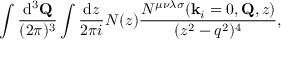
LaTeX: \int \frac { \mathrm { d } ^ { 3 } { \bf Q } } { ( 2 \pi ) ^ { 3 } } \int \frac { \mathrm { d } z } { 2 \pi i } N ( z ) \frac { N ^ { \mu \nu \lambda \sigma } ( { \bf k } _ { i } = 0 , { \bf Q } , z ) } { ( z ^ { 2 } - q ^ { 2 } ) ^ { 4 } } ,